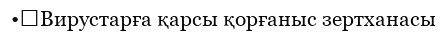
•	Вирустарға қарсы қорғаныс зертханасы